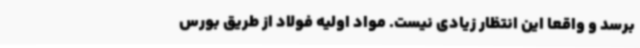
برسد و واقعاً این انتظار زیادی نیست. مواد اولیه فولاد از طریق بورس